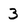
Character: 3